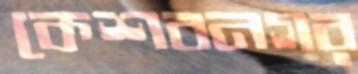
কেশবনগর